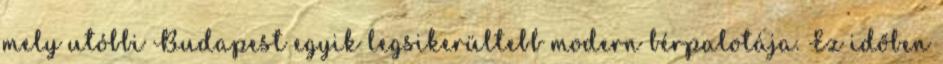
mely utóbbi Budapest egyik legsikerültebb modern bérpalotája. Ez időben